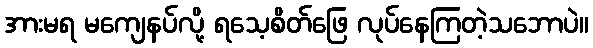
အားမရ မကျေနပ်လို့ ရသေ့စိတ်ဖြေ လုပ်နေကြတဲ့သဘောပဲ။